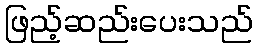
ဖြည့်ဆည်းပေးသည်